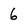
Character: 6